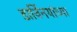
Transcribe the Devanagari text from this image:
डार्विनयांच्या